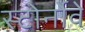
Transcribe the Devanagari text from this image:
स्टोर्नोवे